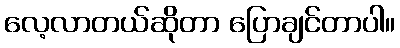
လေ့လာတယ်ဆိုတာ ပြောချင်တာပါ။